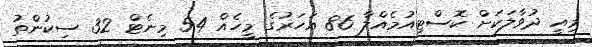
މިއީ ދުވާލަކަށް ކޮސްޓިއުމެއްލާ 86 އަހަރުގެ މީހެއް 54 މިނެޓް 32 ސިކުންތު